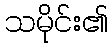
သမိုင်း၏